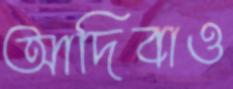
আদিবাও